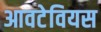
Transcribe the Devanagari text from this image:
आवटेवियस